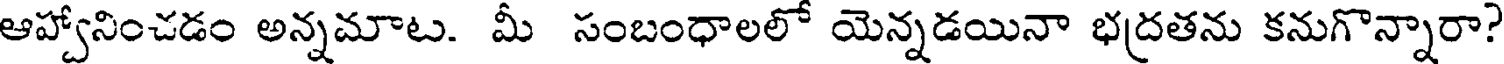
ఆహ్వానించడం అన్నమాట. మీ సంబంధాలలో యెన్నడయినా భద్రతను కనుగొన్నారా?